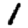
Digit: 1